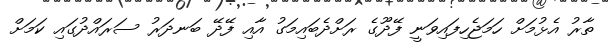
ތާރު އެޅުމަށް ހަމަޖެހިފައިވަނީ ފޭދޫގެ ރަށްދެބައިމަގު އާއި ފޭދޭ ބަނދަރު ސަރައްދުގައި ކަމަށް